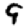
Digit: 9